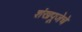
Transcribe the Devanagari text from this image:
शंखपूजेचे